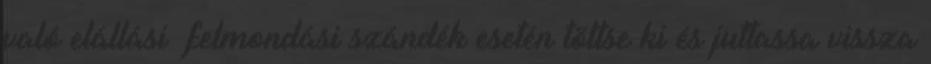
való elállási felmondási szándék esetén töltse ki és juttassa vissza